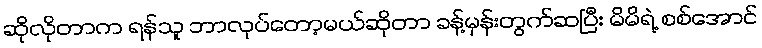
ဆိုလိုတာက ရန်သူ ဘာလုပ်တော့မယ်ဆိုတာ ခန့်မှန်းတွက်ဆပြီး မိမိရဲ့ စစ်အောင်